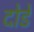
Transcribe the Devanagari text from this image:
दोडे